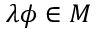
\lambda \phi \in M